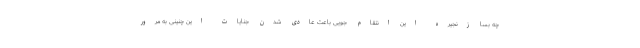
چه بسا زنجیره این انتقام جویی باعث عادی شدن جنایات این چنینی به مرور